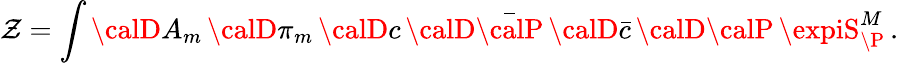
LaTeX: \mathcal{Z}=\int{\calD}A_{m}\, {\calD}\pi_{m}\, {\calD}c\, {\calD}\bar{{\calP}}\, {\calD}\bar{{c}}\, {\calD}{\calP}\, \expiS_{\P}^{M}\, .